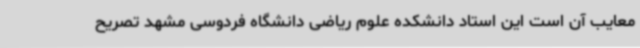
معایب آن است این استاد دانشکده علوم ریاضی دانشگاه فردوسی مشهد تصریح